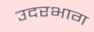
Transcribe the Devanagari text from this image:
उदरभाग